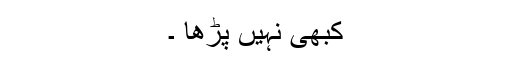
کبھی نہیں پڑھا ۔